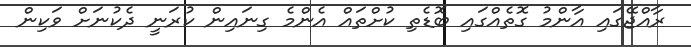
ރާއްޖޭގައި އާންމު ގޮތެއްގައި ބޮޑެތި ކުށްތައް އެންމެ ގިނައިން ކުރަނީ ދެކުނަށް ވަކިން